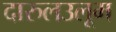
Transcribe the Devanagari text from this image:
दारुलउलूम